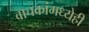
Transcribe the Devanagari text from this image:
वाचकांमध्येही